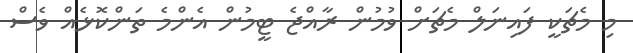
މި މެޗަކީ ފައިނަލް މެޗަށް ވުމުން ރާއްޖެ ޓީމުން އެންމެ ތަންކޮޅެއް ވެސް